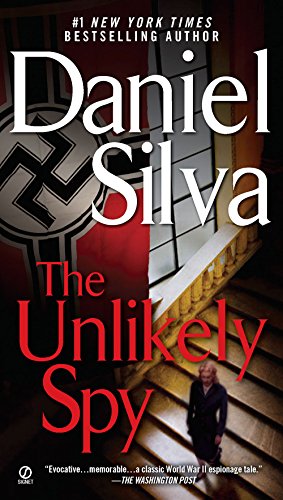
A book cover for The Unlikely Spy; Daniel Silva; Mystery, Thriller & Suspense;